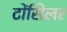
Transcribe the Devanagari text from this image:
टोंसिलर